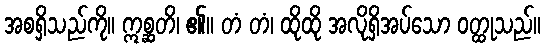
အစရှိသည်ကို။ ဣစ္ဆတိ၊ ၏။ တံ တံ၊ ထိုထို အလိုရှိအပ်သော ဝတ္ထုသည်။